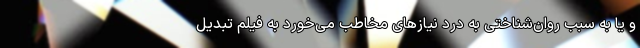
و یا به سبب روان‌شناختی به درد نیازهای مخاطب می‌خورد به فیلم تبدیل